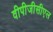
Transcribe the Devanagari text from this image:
वीपीजीसीएल